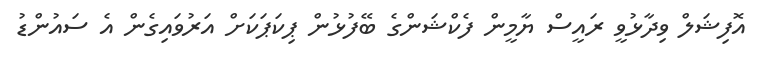
އޮފިޝަލް ވިދާޅުވީ ރައީސް ޔާމީން ފެކްޝަންގެ ބޭފުޅުން ޕިކަޕަކަށް އަރުވައިގެން އެ ސައުންޑު